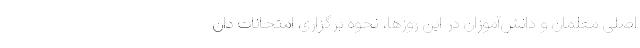
اصلی معلمان و دانش‌آموزان در این روزها، نحوه برگزاری امتحانات دان